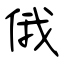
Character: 俄